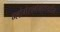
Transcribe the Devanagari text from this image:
ग्लोमेरुलोनेफ्रायटीस